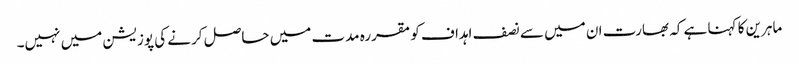
ماہرین کا کہنا ہے کہ بھارت ان میں سے نصف اہداف کو مقررہ مدت میں حاصل کرنے کی پوزیشن میں نہیں۔